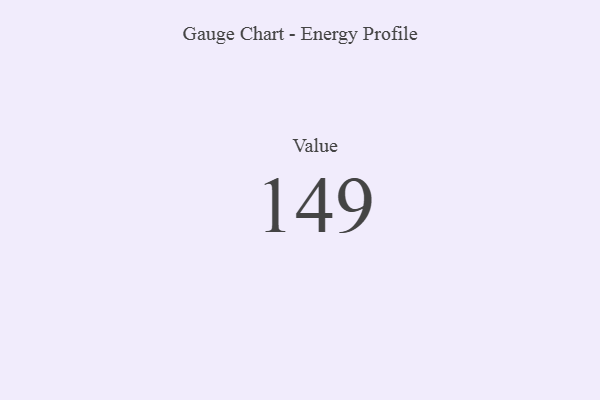
{"axis": {"x": "Metric", "y": "Value"}, "legend": [""], "data": [{"x": "Value", "y": 149, "type": ""}]}